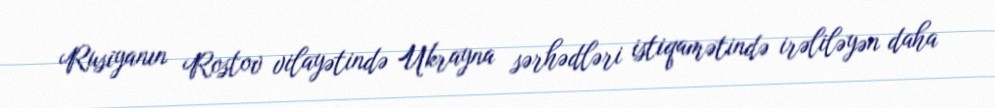
Rusiyanın Rostov vilayətində Ukrayna sərhədləri istiqamətində irəliləyən daha